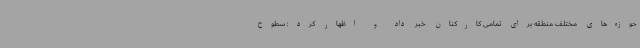
حوزه‌های مختلف منطقه برای تمامی کارکنان خبر داد و اظهار کرد: سطوح